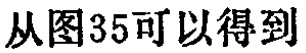
从图35可以得到